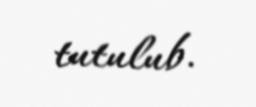
tutulub.